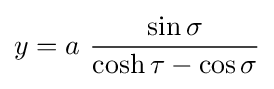
y=a\ {\frac {\sin \sigma }{\cosh \tau -\cos \sigma }}